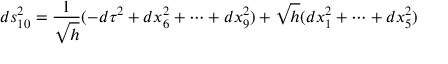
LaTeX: d s _ { 1 0 } ^ { 2 } = \frac { 1 } { \sqrt { h } } ( - d \tau ^ { 2 } + d x _ { 6 } ^ { 2 } + \cdots + d x _ { 9 } ^ { 2 } ) + \sqrt { h } ( d x _ { 1 } ^ { 2 } + \cdots + d x _ { 5 } ^ { 2 } )